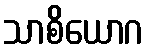
သာစိယောဂ